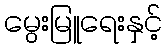
မွေးမြူရေးနှင့်